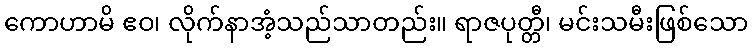
ကောဟာမိ ဧဝ၊ လိုက်နာအံ့သည်သာတည်း။ ရာဇပုတ္တီ၊ မင်းသမီးဖြစ်သော